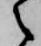
之